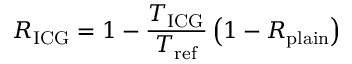
R _ { \mathrm { I C G } } = 1 - \frac { T _ { \mathrm { I C G } } } { T _ { \mathrm { r e f } } } \left( 1 - R _ { \mathrm { p l a i n } } \right)